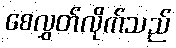
စေလွှတ်လိုက်သည်